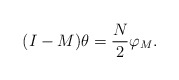
\begin{align*}(I-M)\theta=\frac{N}{2}\varphi_M. \end{align*}